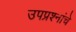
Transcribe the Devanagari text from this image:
उपप्रश्नांचे